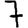
Digit: 7